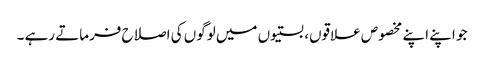
جو اپنے اپنے مخصوص علاقوں، بستیوں میں لوگوں کی اصلاح فرماتے رہے ۔